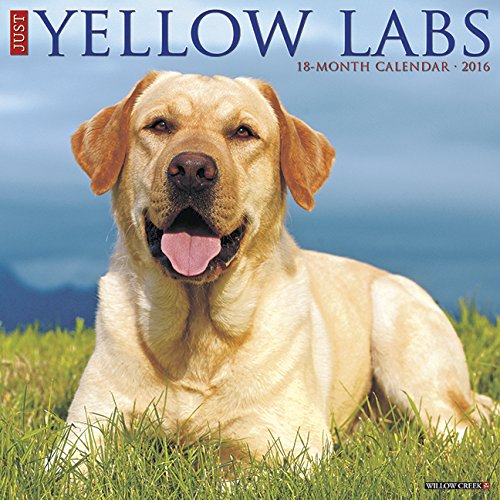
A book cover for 2016 Just Yellow Labs Wall Calendar; Willow Creek Press; Calendars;